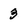
Character: 3